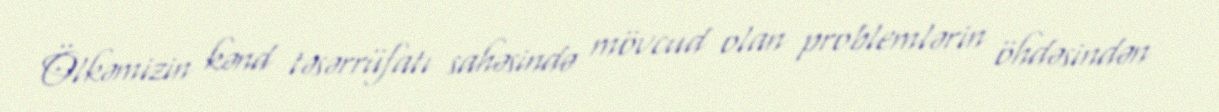
Ölkəmizin kənd təsərrüfatı sahəsində mövcud olan problemlərin öhdəsindən